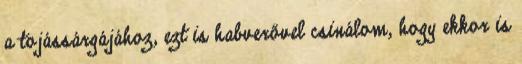
a tojássárgájához, ezt is habverővel csinálom, hogy ekkor is